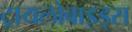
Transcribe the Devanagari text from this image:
ट्रायलोबाइड्स